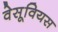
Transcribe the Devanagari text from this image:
वेसूवियस